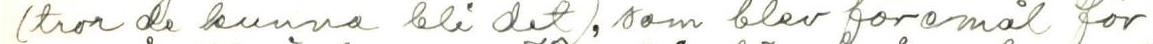
(tror de kunna bli det), som blev föremål för